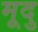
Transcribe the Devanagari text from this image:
मूदु